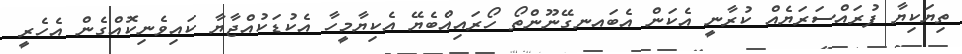
ތިޔަކިޔާ ފުރައްސަރަޔެއް ކުރާނީ އެކަން އެބައނގޭނޫންތޯ ހޯރައިއްބެޔޭ އެކިޔާމީހާ އެކުޑަކުއްޖާޔާ ކައިވެނިކޮއްގެން އެހެރީ